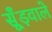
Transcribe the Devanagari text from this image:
सूँड़वाले